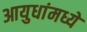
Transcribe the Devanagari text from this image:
आयुधांमध्ये